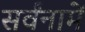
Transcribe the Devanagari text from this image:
सर्वंनामें